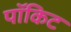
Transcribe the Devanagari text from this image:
पॉकिट